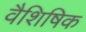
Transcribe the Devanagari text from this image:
वैशिषिक